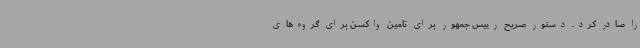
را صادر کرد. دستور صریح رییس جمهور برای تامین واکسن برای گروه‌های